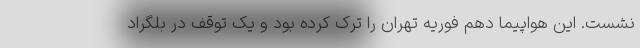
نشست. این هواپیما دهم فوریه تهران را ترک کرده بود و یک توقف در بلگراد